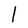
Character: l